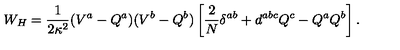
W _ { H } = \frac { 1 } { 2 \kappa ^ { 2 } } ( V ^ { a } - Q ^ { a } ) ( V ^ { b } - Q ^ { b } ) \left[ \frac { 2 } { N } \delta ^ { a b } + d ^ { a b c } Q ^ { c } - Q ^ { a } Q ^ { b } \right] .